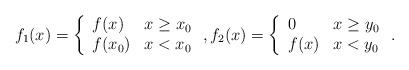
LaTeX: \begin{align*}f_1(x) = \left\{ \begin{array}{ll}f(x) & x \geq x_0 \\f(x_0) & x < x_0 \end{array} \right. , f_2(x) = \left\{ \begin{array}{ll}0 & x \geq y_0 \\f(x) & x < y_0 \end{array} \right. .\end{align*}